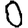
Digit: 0